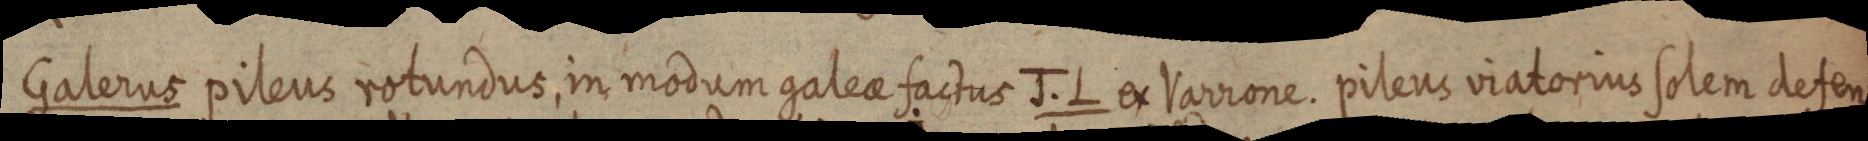
Galerus pileus rotundus, in modum galea factus J. L ex Varrone. pileus viatorius solem defen